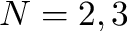
N = 2 , 3